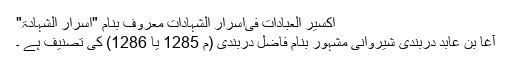
اکسیر العبادات فی‌اسرار الشہادات معروف بنام "اسرار الشہادۃ"
آغا بن عابد دربندی شیروانی مشہور بنام فاضل دربندی (م 1285 یا 1286) کی تصنیف ہے ۔